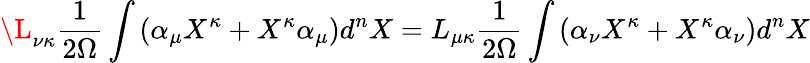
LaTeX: \L_{\nu\kappa}\frac{1}{2\Omega}\int\left(\alpha_{\mu}X^{\kappa}+X^{\kappa}\alpha_{\mu}\right)d^{n}X=L_{\mu\kappa}\frac{1}{2\Omega}\int\left(\alpha_{\nu}X^{\kappa}+X^{\kappa}\alpha_{\nu}\right)d^{n}X